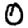
Digit: 0